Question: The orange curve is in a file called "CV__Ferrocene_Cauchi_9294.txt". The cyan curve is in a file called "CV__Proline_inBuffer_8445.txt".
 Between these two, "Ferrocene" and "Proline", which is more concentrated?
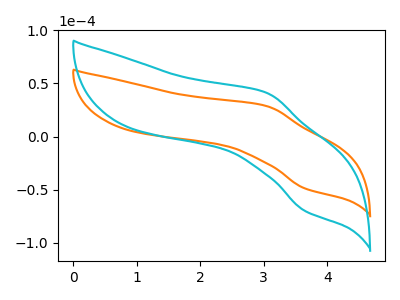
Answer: <think>The orange curve "Ferrocene" has an anodic peak at (3.05V, 28.75uA) and a cathodic peak at (3.65V, -48.65uA). The cyan curve "Proline" has an anodic peak at (3.05V, 41.20uA) and a cathodic peak at (3.65V, -69.75uA).
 All the peaks in "Ferrocene" have a peak in "Proline" at the same potential. Every peak in "Ferrocene" is lower than every peak in "Proline".</think>
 <answer>"Ferrocene" has less signal than "Proline" and so likely has a lower concentration.</answer>
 <eval>less_concentration</eval>